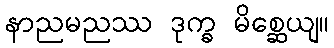
နာညမညဿ ဒုက္ခ မိစ္ဆေယျ။